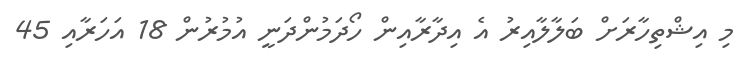
މި އިޝްތިހާރަށް ބަލާލާއިރު އެ އިދާރާއިން ހޯދަމުންދަނީ އުމުރުން 18 އަހަރާއި 45